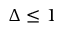
\Delta \le 1